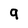
Character: 9